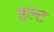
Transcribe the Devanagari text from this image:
हल्ट